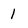
Character: 1